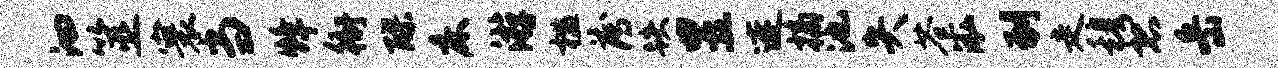
汩筮寰当烽衙醪床游槛薄跌昱连摘池失苍泓到走穆恐岳